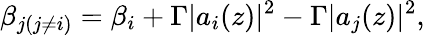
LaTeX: \beta_{j(j\neq i)}=\beta_{i}+\Gamma|a_{i}(z)|^{2}-\Gamma|a_{j}(z)|^{2},